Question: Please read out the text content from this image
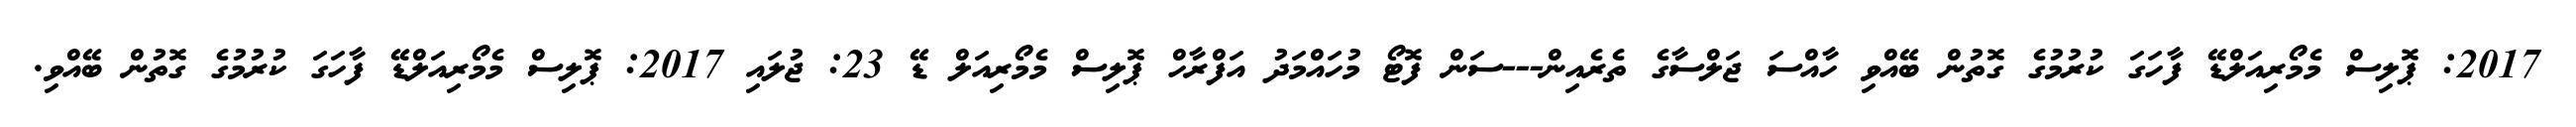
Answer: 2017: ޕޮލިސް މެމޯރިއަލްޑޭ ފާހަގަ ކުރުމުގެ ގޮތުން ބޭއްވި ހާއްސަ ޖަލްސާގެ ތެރެއިން---ސަން ފޮޓޯ މުހައްމަދު އަފްރާހް ޕޮލިސް މެމޯރިއަލް ޑޭ 23: ޖުލައި 2017: ޕޮލިސް މެމޯރިއަލްޑޭ ފާހަގަ ކުރުމުގެ ގޮތުން ބޭއްވި.